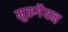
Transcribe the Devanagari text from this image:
मुरुगैयन